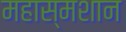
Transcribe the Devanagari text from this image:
महास्मशान